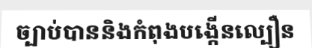
ច្បាប់បាននិងកំពុងបង្កើនល្បឿន